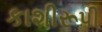
કાશીરૂપી